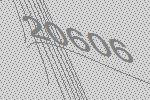
20606